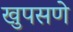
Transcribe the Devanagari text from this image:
खुपसणे